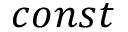
c o n s t